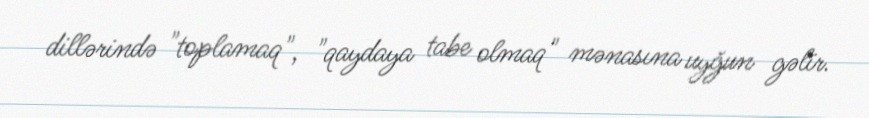
dillərində "toplamaq", "qaydaya tabe olmaq" mənasına uyğun gəlir.